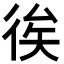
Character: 𢓪